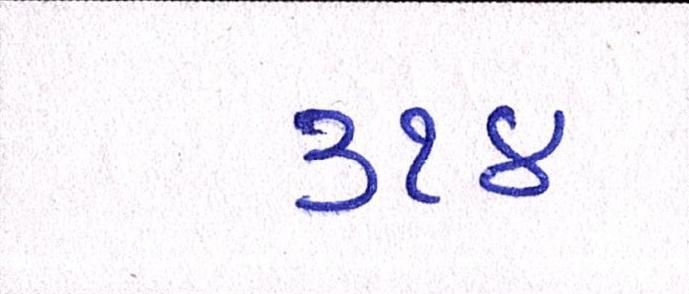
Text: ૩૧૪